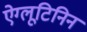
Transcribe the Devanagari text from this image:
ऐग्लूटिनिन